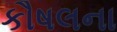
કૌષલના